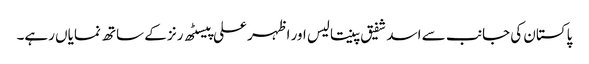
پاکستان کی جانب سے اسد شفیق پینتالیس اور اظہر علی پیسٹھ رنز کے ساتھ نمایاں رہے۔